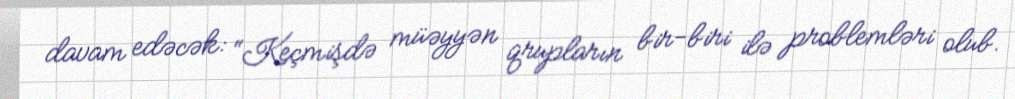
davam edəcək: “Keçmişdə müəyyən qrupların bir-biri ilə problemləri olub.